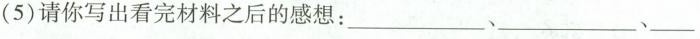
(5)请你写出看完材料之后的感想：___、___、___